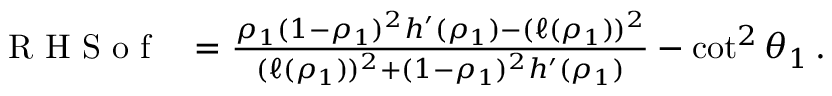
\begin{array} { r } { \mathrm { ~ R ~ H ~ S ~ o ~ f ~ ~ ~ } = \frac { \rho _ { 1 } ( 1 - \rho _ { 1 } ) ^ { 2 } h ^ { \prime } ( \rho _ { 1 } ) - ( \ell ( \rho _ { 1 } ) ) ^ { 2 } } { ( \ell ( \rho _ { 1 } ) ) ^ { 2 } + ( 1 - \rho _ { 1 } ) ^ { 2 } h ^ { \prime } ( \rho _ { 1 } ) } - \cot ^ { 2 } { \theta _ { 1 } } \, . } \end{array}